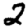
Digit: 2